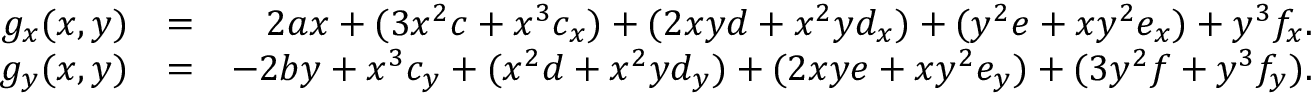
\begin{array} { r l r } { g _ { x } ( x , y ) } & { = } & { 2 a x + ( 3 x ^ { 2 } c + x ^ { 3 } c _ { x } ) + ( 2 x y d + x ^ { 2 } y d _ { x } ) + ( y ^ { 2 } e + x y ^ { 2 } e _ { x } ) + y ^ { 3 } f _ { x } . } \\ { g _ { y } ( x , y ) } & { = } & { - 2 b y + x ^ { 3 } c _ { y } + ( x ^ { 2 } d + x ^ { 2 } y d _ { y } ) + ( 2 x y e + x y ^ { 2 } e _ { y } ) + ( 3 y ^ { 2 } f + y ^ { 3 } f _ { y } ) . } \end{array}